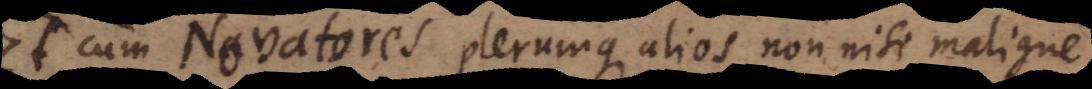
Et cum Novatores plerumque alios non nisi maligne